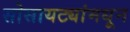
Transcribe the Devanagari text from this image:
सोसायट्यांमधून